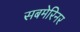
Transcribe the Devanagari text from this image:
सबमेरिनर